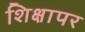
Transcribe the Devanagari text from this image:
शिक्षापर